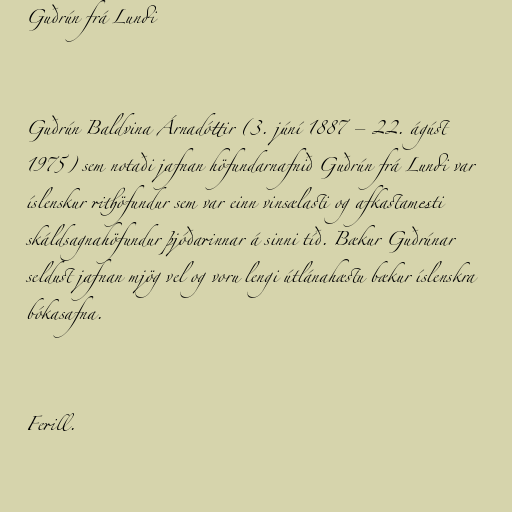
Guðrún frá Lundi

Guðrún Baldvina Árnadóttir (3. júní 1887 – 22. ágúst
1975) sem notaði jafnan höfundarnafnið Guðrún frá Lundi var
íslenskur rithöfundur sem var einn vinsælasti og afkastamesti
skáldsagnahöfundur þjóðarinnar á sinni tíð. Bækur Guðrúnar
seldust jafnan mjög vel og voru lengi útlánahæstu bækur íslenskra
bókasafna.

Ferill.